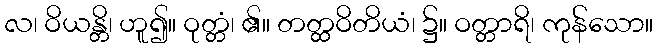
လ၊ ဝိယန္တိ၊ ဟူ၍။ ဝုတ္တံ၊ ၏။ တတ္ထဝိတိယံ၊ ၌။ ဝတ္တာရိ၊ ကုန်သော။